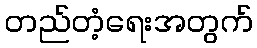
တည်တံ့ရေးအတွက်